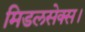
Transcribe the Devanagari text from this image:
मिडलसेक्स।